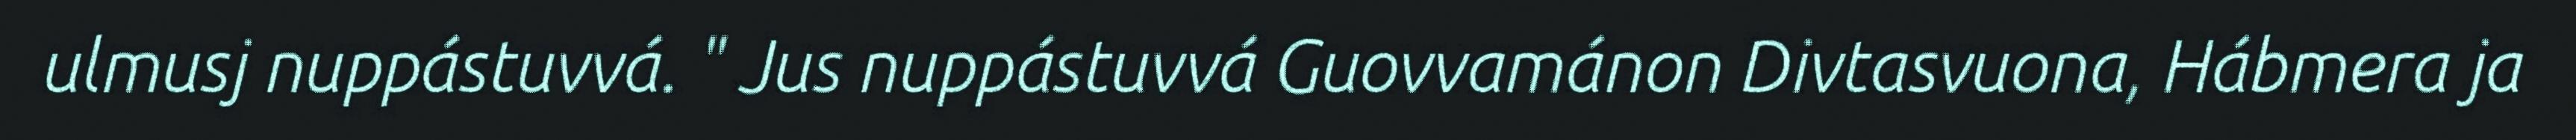
ulmusj nuppástuvvá. " Jus nuppástuvvá Guovvamánon Divtasvuona, Hábmera ja